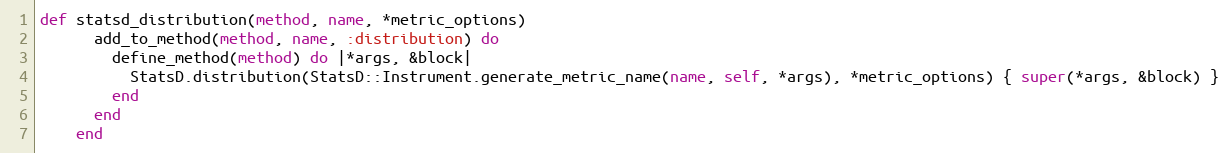
Language: Ruby
def statsd_distribution(method, name, *metric_options)
      add_to_method(method, name, :distribution) do
        define_method(method) do |*args, &block|
          StatsD.distribution(StatsD::Instrument.generate_metric_name(name, self, *args), *metric_options) { super(*args, &block) }
        end
      end
    end